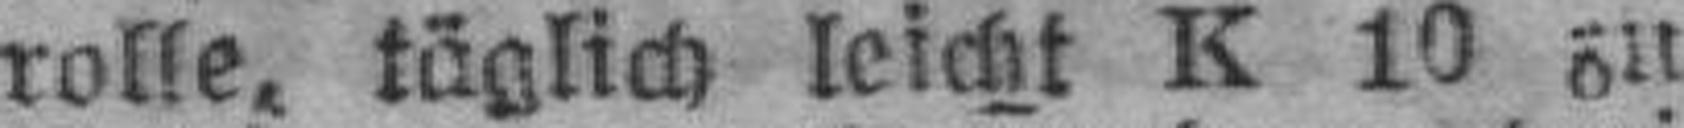
rolle, täglich leicht K 10 zu